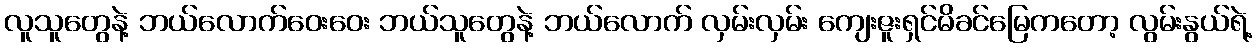
လူသူတွေနဲ့ ဘယ်လောက်ဝေးဝေး ဘယ်သူတွေနဲ့ ဘယ်လောက် လှမ်းလှမ်း ကျေးဇူးရှင်မိခင်မြေကတော့ လွမ်းနွယ်ရဲ့